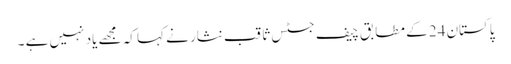
پاکستان 24 کے مطابق چیف جسٹس ثاقب نثار نے کہا کہ مجھے یاد نہیں ہے ۔